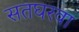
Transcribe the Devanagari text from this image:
सतघरवा